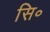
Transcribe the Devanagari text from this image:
सि॰